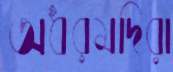
অধরমদিরা